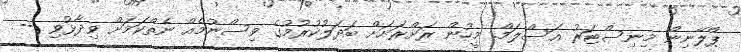
ޕްލޭނިން މިނިސްޓަރު އަސްލަމް. މީހުން ރަށްރަށަށް ބަދަލުކުުރުމުގެ ވިސްނުމެއް ނެތްކަމަށް ވިދާޅުވި --